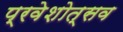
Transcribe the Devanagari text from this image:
प्रवेशोत्सव